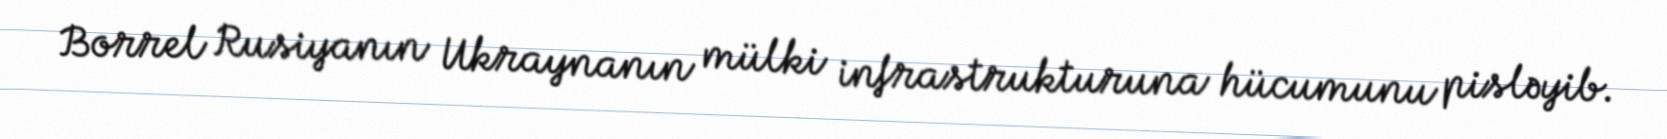
Borrel Rusiyanın Ukraynanın mülki infrastrukturuna hücumunu pisləyib.